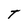
Character: T